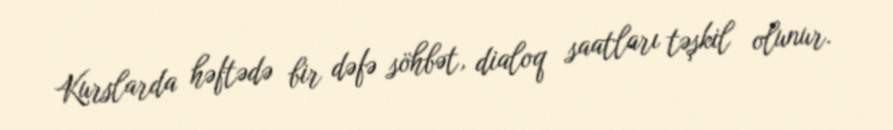
Kurslarda həftədə bir dəfə söhbət, dialoq saatları təşkil olunur.